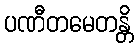
ပဏီတမေတန္တိ